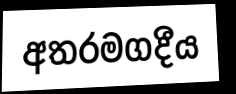
අතරමගදීය